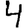
Digit: 4